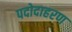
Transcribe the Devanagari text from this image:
पदोदाहरण